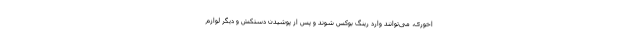
اخوری، می‌توانند وارد رینگ بوکس شوند و پس از پوشیدن دستکش و دیگر لوازم